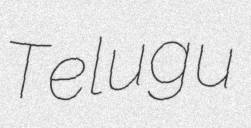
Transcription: Telugu